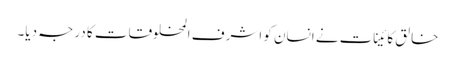
خالق کائینات نے انسان کو اشرف المخلوقات کا درجہ دیا۔